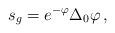
LaTeX: \begin{align*} s_g=e^{-\varphi } \Delta_0 \varphi \, ,\end{align*}